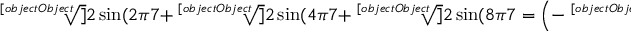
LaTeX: { \sqrt [ [object Object] ] { 2 \sin ( { 2 \pi } { 7 } } } + { \sqrt [ [object Object] ] { 2 \sin ( { 4 \pi } { 7 } } } + { \sqrt [ [object Object] ] { 2 \sin ( { 8 \pi } { 7 } } } = \left( - { \sqrt [ [object Object] ] { 7 } } \right) { \sqrt [ [object Object] ] { - { \sqrt [ [object Object] ] { 7 } } + 6 + 3 \left( { \sqrt [ [object Object] ] { 5 - 3 { \sqrt [ [object Object] ] { 7 } } } } + { \sqrt [ [object Object] ] { 4 - 3 { \sqrt [ [object Object] ] { 7 } } } } \right) } }